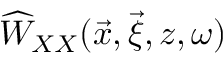
\widehat { W } _ { X X } ( \vec { x } , \vec { \xi } , z , \omega )